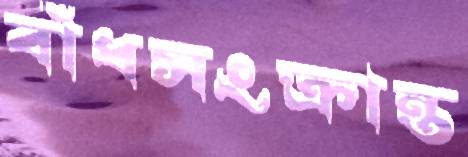
বাঁধসংক্রান্ত